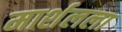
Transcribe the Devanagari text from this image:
मार्शलला